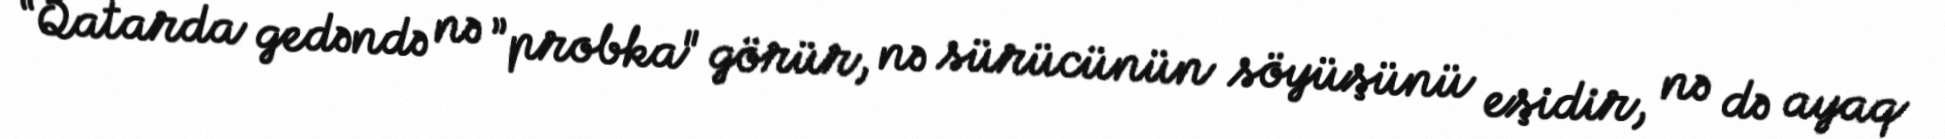
“Qatarda gedəndə nə ”probka" görür, nə sürücünün söyüşünü eşidir, nə də ayaq